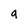
Character: a